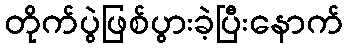
တိုက်ပွဲဖြစ်ပွားခဲ့ပြီးနောက်